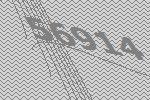
56914